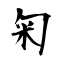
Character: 匊